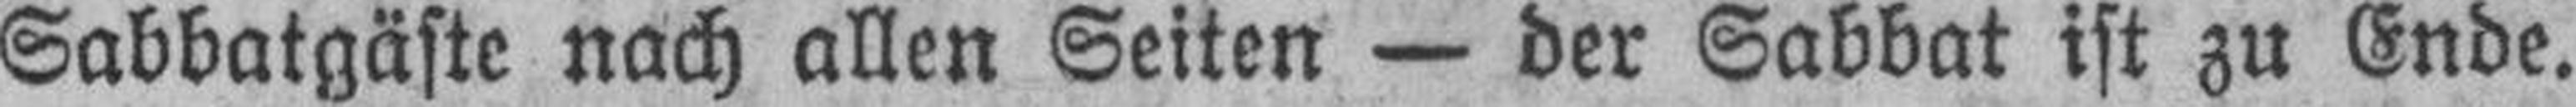
Sabbatgäste nach allen Seiten — der Sabbat ist zu Ende.